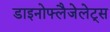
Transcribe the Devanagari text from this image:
डाइनोफ्लैजेलेट्स